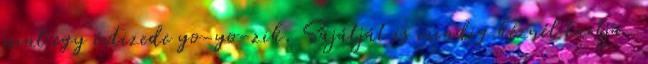
mint egy évtizede yo-yo-zik. Sajátját is mindig kéznél tartja.